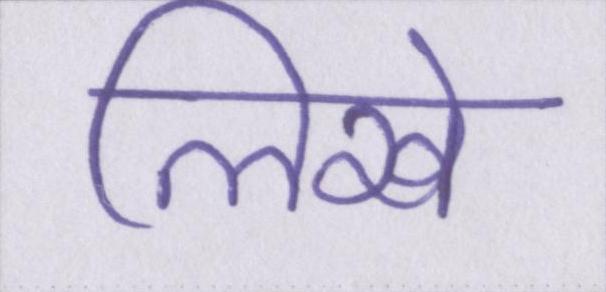
लिखे